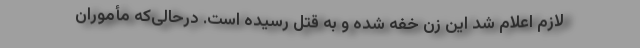
لازم اعلام شد این زن خفه شده و به قتل رسیده است. درحالی‌که مأموران